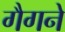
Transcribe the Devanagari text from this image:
गैगने